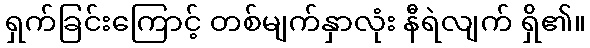
ရှက်ခြင်းကြောင့် တစ်မျက်နှာလုံး နီရဲလျက် ရှိ၏။